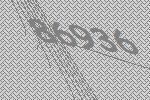
86936